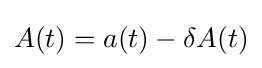
A(t)=a(t)-\delta A(t)